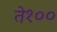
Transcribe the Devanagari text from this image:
ते१००